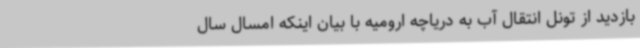
بازدید از تونل انتقال آب به دریاچه ارومیه با بیان اینکه امسال سال